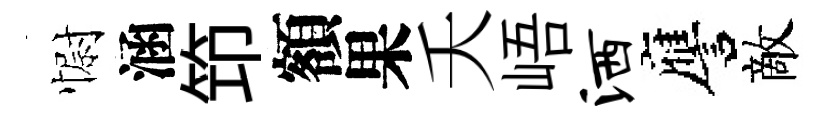
𢠢涵笻額果夭峿洒譍敵